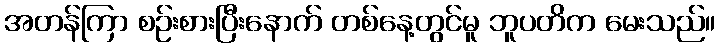
အတန်ကြာ စဉ်းစားပြီးနောက် တစ်နေ့တွင်မူ ဘူပတိက မေးသည်။